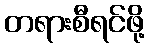
တရားစီရင်ဖို့